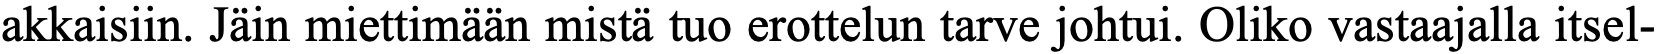
akkaisiin. Jäin miettimään mistä tuo erottelun tarve johtui. Oliko vastaajalla itsel-